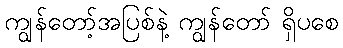
ကျွန်တော့်အပြစ်နဲ့ ကျွန်တော် ရှိပစေ